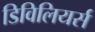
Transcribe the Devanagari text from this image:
डिविलियर्स